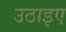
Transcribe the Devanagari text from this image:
उठाइए